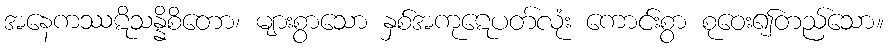
အနေကဿဋိသန္နိစိတော၊ များစွာသော နှစ်အကုဋေပတ်လုံး ကောင်းစွာ စုဝေး၍တည်သော။